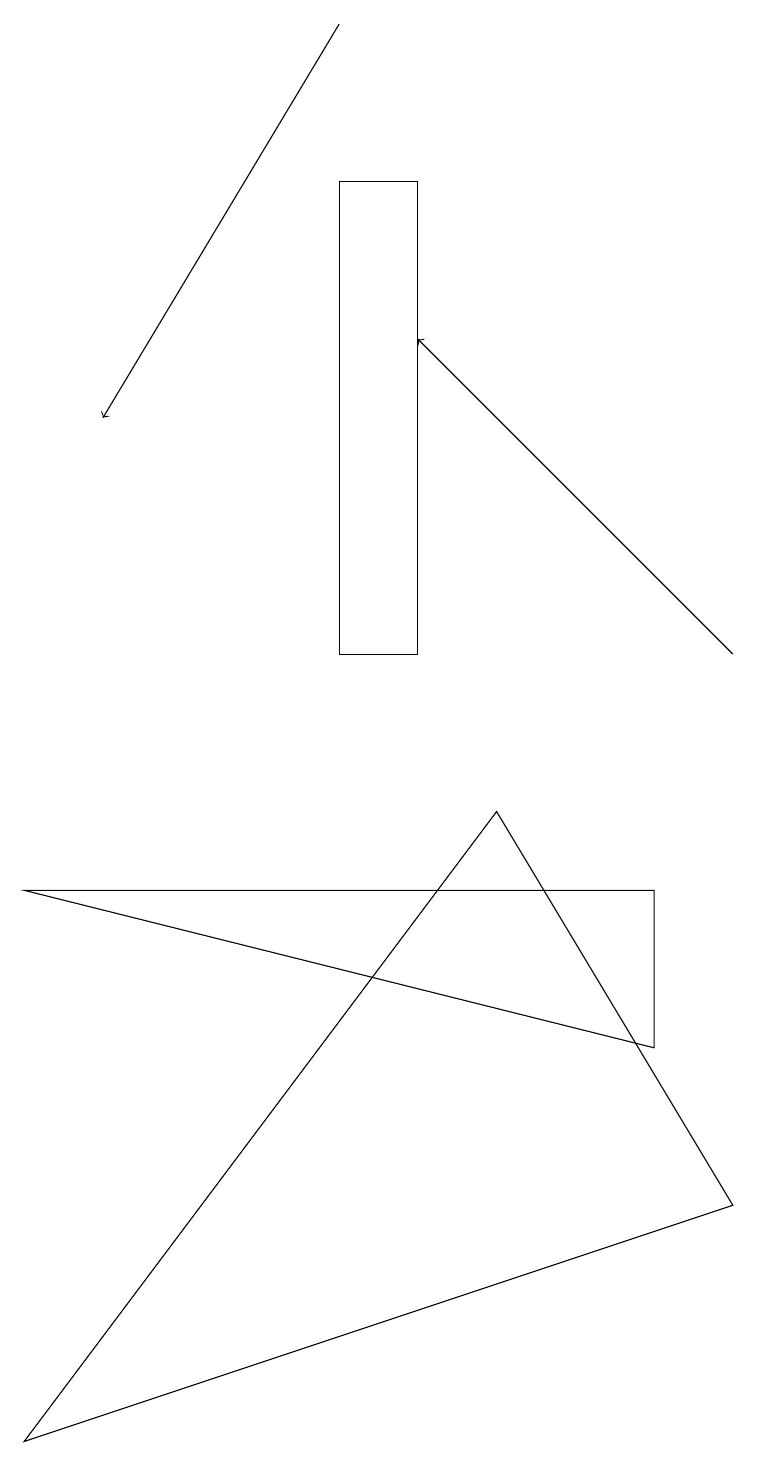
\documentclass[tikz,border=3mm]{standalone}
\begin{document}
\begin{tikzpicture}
\draw[->] (4,19) -- (1,14);
\draw (8,8) -- (0,8) -- (8,6) -- cycle;
\draw (0,1) -- (6,9) -- (9,4) -- cycle;
\draw (5,11) rectangle (4,17);
\draw[->] (9,11) -- (5,15);
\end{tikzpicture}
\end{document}